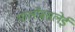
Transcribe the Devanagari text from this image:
भालोबसलेई